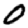
Digit: 0